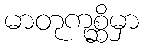
မာတုကုစ္ဆိမှာ